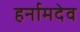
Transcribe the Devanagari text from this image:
हर्नामदेव